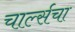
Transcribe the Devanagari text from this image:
चार्ल्सचा